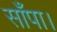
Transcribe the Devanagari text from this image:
साँपा।